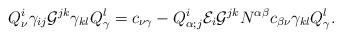
LaTeX: \begin{align*}Q^{i}_{\nu}\gamma_{ij}{\cal G}^{jk}\gamma_{kl}Q^{l}_{\gamma}=c_{\nu\gamma}-Q^{i}_{\alpha;j}{\cal E}_{i}{\cal G}^{jk}N^{\alpha\beta}c_{\beta\nu}\gamma_{kl}Q^{l}_{\gamma}.\end{align*}